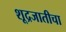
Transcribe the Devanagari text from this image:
शूद्रजातीचा